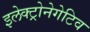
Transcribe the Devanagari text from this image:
इलेक्ट्रोनेगेटिव